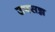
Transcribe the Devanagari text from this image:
उपसन्न